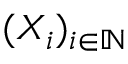
( X _ { i } ) _ { i \in \mathbb { N } }